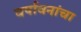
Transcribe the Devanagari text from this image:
वर्षावनांचा